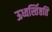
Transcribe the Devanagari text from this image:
ऊध्वर्स्तिष्ठति